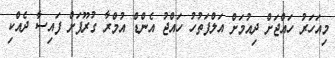
މިއަހަރު ހައްޖަށް ދިއުމަށް އަލްފަތުހު ހައްޖު އެންޑް އުމްރާ ގުރޫޕަށް ފައިސާ ދެއްކި